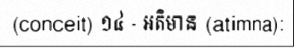
(conceit) ១៤ - អតិមាន (atimna):